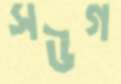
সউগ